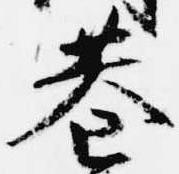
巷